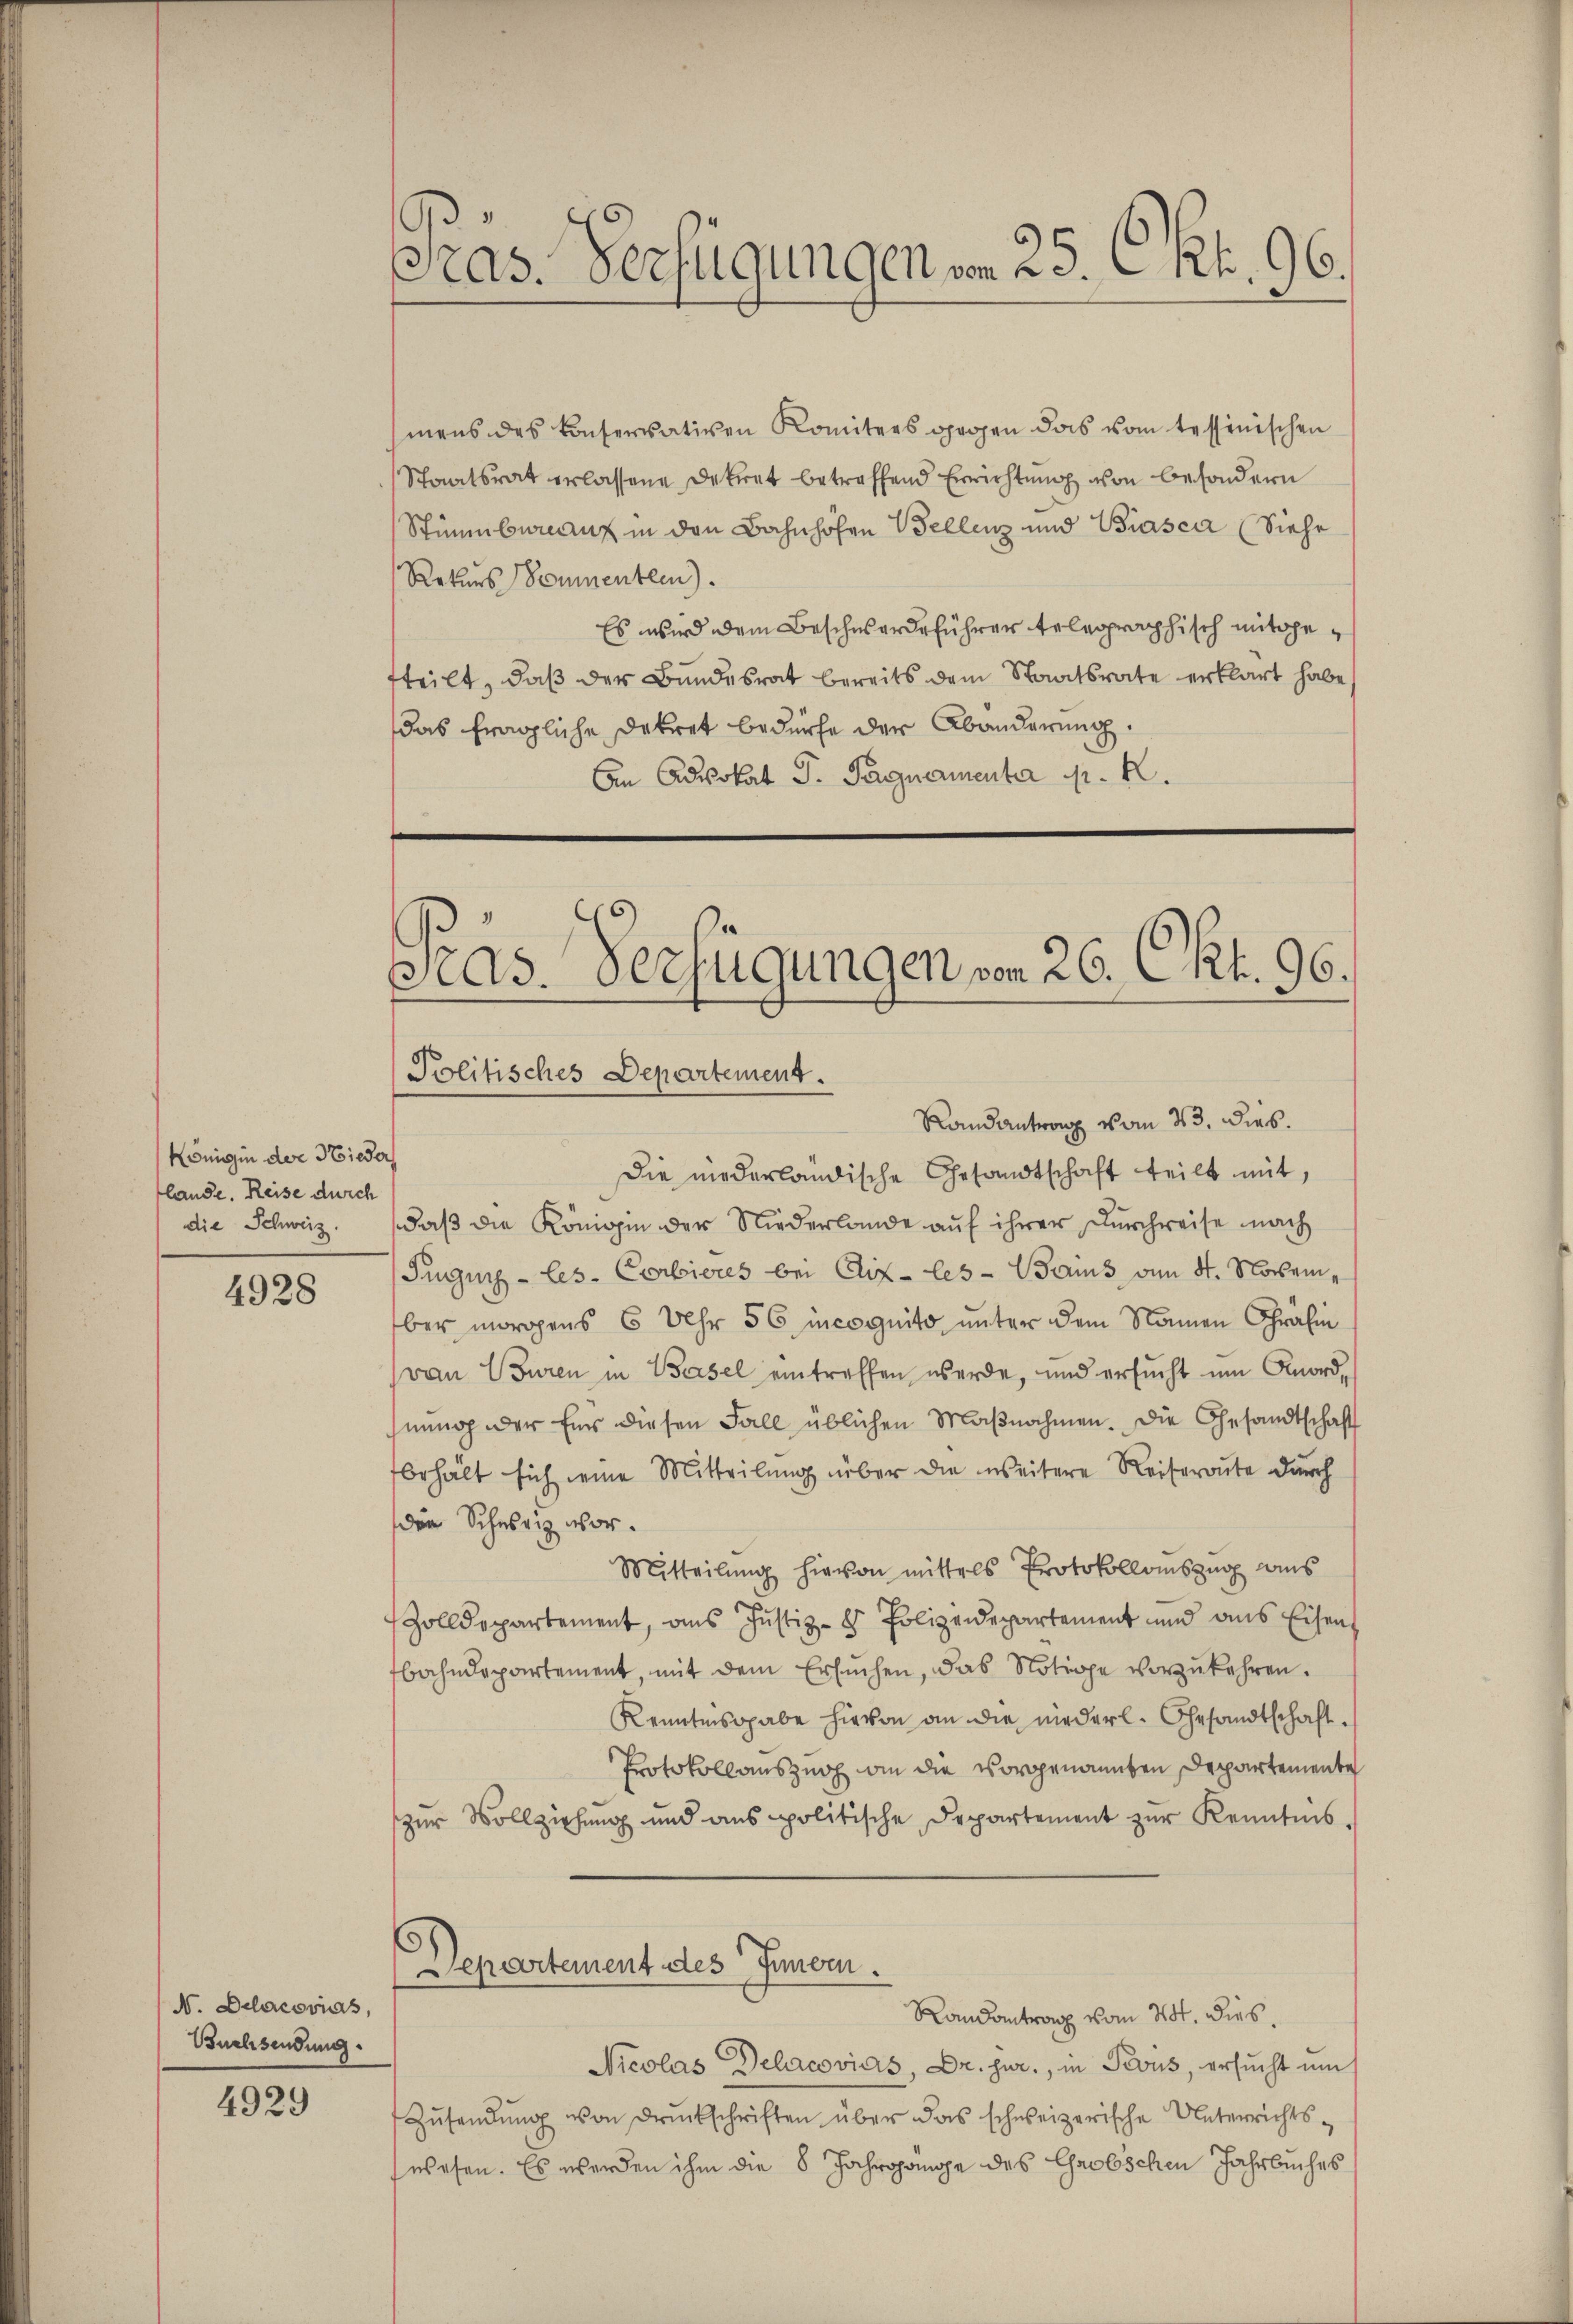
Königin der Nieder
lande. Reise durch
die Schweiz.

4928

N. Delacovis
Buchsendung.

4929

mens des konservativen Komitees gegen das vom tessinischen
Staatsrat erlassene Dekret betreffend Errichtung von besondern
Stimmbureauz in den Bahnhöhen Bellenz und Biasca (Siehe
Rekurs Sommenten).
Es wird dem Beschwerdeführer telegraphisch mitgefteilt, daß der Bundesrat bereits dem Staatsrate erklärt habe,
das fragliche Dekret bedürfe der Abänderung
An Advokat P. Pagnamenta pr. K.

6
Pras. Verfügungen von 20. Rh. 96.

Pras. Verfügungen von 26. Okt. 96.
Politisches Departement.
Randantrag vom 23. dies.

Die niederländische Gesandtschaft teilt mit,
daß die Königin der Niederlande auf ihrer Durchreise nach
Juguig-les- Corbieres bei Aix-les-Bains vom 8. November morgens 6 Uhr 56 incognito unter dem Namen Gräfin
van Guren in Basel eintreffen werde, und ersucht um Anordnnoch der Eis diesen Fall üblichen Maβnahmen. Die Gesandtschaft
behalt sich eine Mitteilŭng über die weitere Reiseronte durch
der Schweiz vor.
Mitteilung hievon mittels Protokollauszug aus
Zolldepartement, aus Justiz - Polizeidepartement und aus Eisen
fbahndepartement, mit dem Ersuchen, das Nötige vorzukehren.
Kenntnisgabe hievon an die niederl. Gesandtschaft¬
Protokollauszuch an die vorgenannten Departemente
zur Vollziehung und aus politische Departement zur Kenntnis.
Departement des Innern.
Randantrag vom 24. dies.
Nicolas Delacovias, Dr. jur., in Pevus, ersucht um
Zŭsendŭng von Druckschriften über das schweizerische Unterrichts-
wesen. Es werden ihm die 8 Jahrgange des Chrobschen Jahrbuches